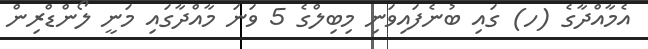
އެމާއްދާގެ (ހ) ގައި ބުނެފައިވަނި މިބިލްގެ 5 ވަނަ މާއްދާގައި މަނީ ލޯންޑްރިން